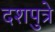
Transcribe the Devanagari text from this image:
दशपुत्रे